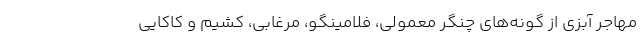
مهاجر آبزی از گونه‌های چنگر معمولی، فلامینگو، مرغابی، کشیم و کاکایی